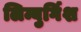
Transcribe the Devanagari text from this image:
लिम्बुर्गिश